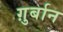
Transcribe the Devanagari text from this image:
ग़ुर्बान